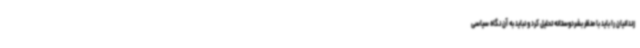
زندانیان را باید با منظر بشردوستانه تحلیل کرد و نباید به آن نگاه سیاسی